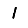
Digit: 1